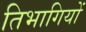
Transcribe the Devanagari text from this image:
तिभागियों